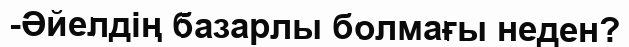
-Әйелдің базарлы болмағы неден?